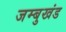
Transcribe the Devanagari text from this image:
जम्बुखंड